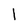
Character: 1